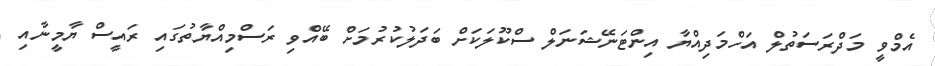
އެމްވީ މަދްރަސަތުލް އަހްމަދިއްޔާ އިންޓަނޭޝަނަލް ސްކޫލަކަށް ބަދަލުކުރުމަށް ބޭއްވި ރަސްމިއްޔާތުގައި ރައީސް ޔާމީނާއި